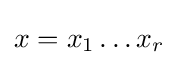
x=x_{1}\ldots x_{r}